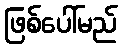
ဖြစ်ပေါ်မည်